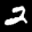
Label: 2